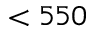
< 5 5 0